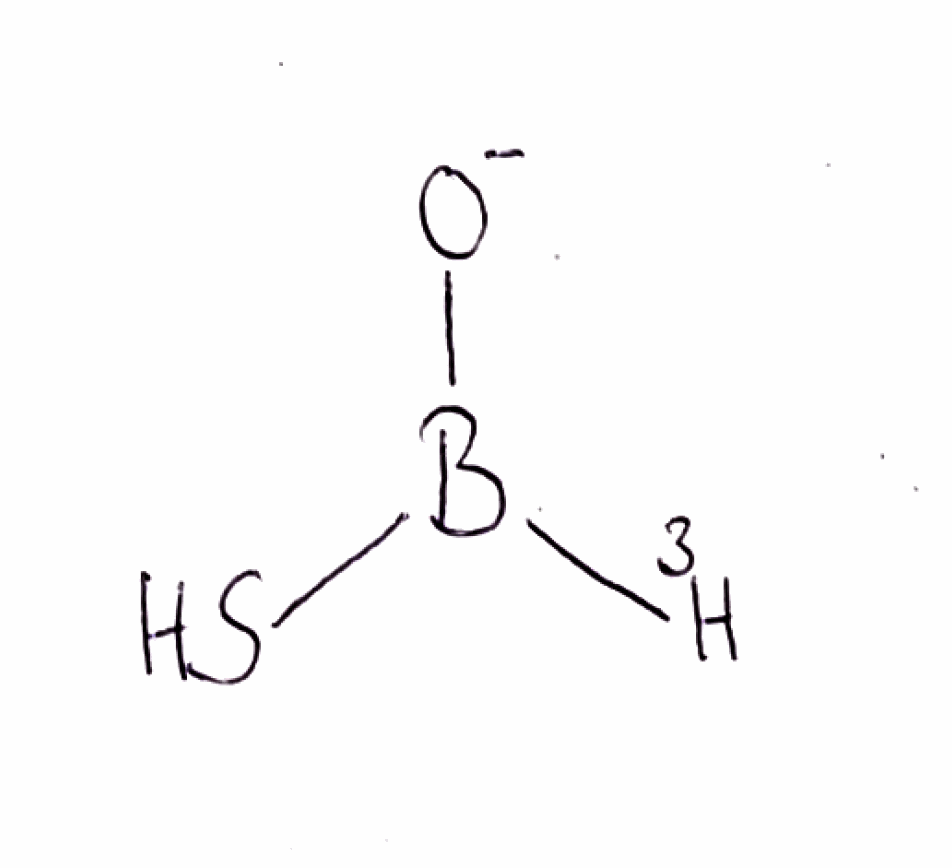
Simplified molecular-input line-entry system (SMILES) notation of the given molecule:
[3H]B([O-])S